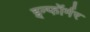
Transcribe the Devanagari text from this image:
इन्फॉर्मर